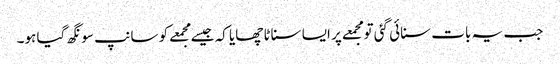
جب یہ بات سنائی گئی تو مجمعے پر ایسا سناٹا چھایا کہ جیسےمجمعے کو سانپ سونگھ گیا ہو۔